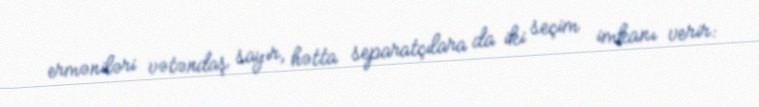
erməniləri vətəndaş sayır, hətta separatçılara da iki seçim imkanı verir: